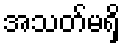
အသတ်မရှိ